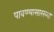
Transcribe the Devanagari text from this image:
पावण्यासारख्या